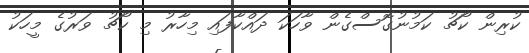
ކުރިން ކޯޗު ކަމުނުގޮސްގެން ވާހަކަ ދައްކާފައި މިހާރު މި ކޯޗު ވަރުގެ މީހަކު